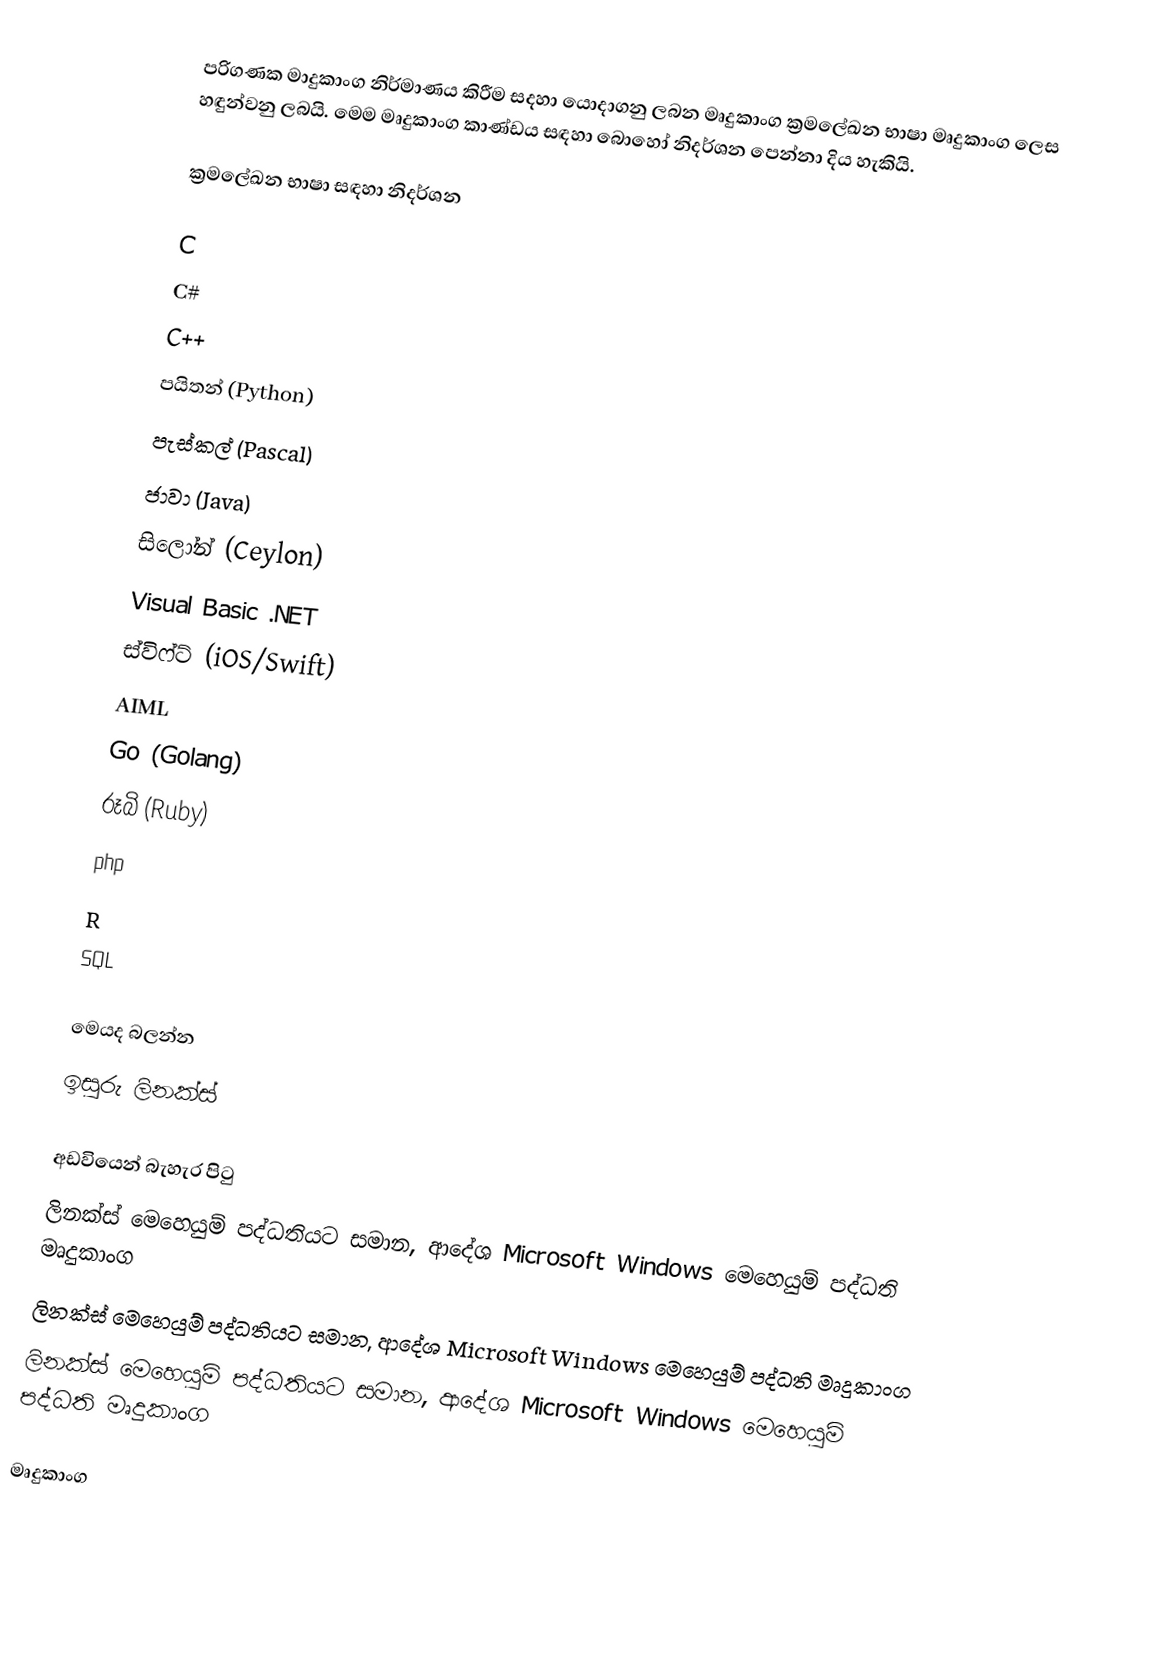
පරිගණක මාදුකාංග නිර්මාණය කිරීම සදහා යොදාගනු ලබන මෘදුකාංග ක්‍රමලේඛන භාෂා මෘදුකාංග ලෙස හඳුන්වනු ලබයි. මෙම මෘදුකාංග කාණ්ඩය සඳහා බොහෝ නිදර්ශන පෙන්නා දිය හැකියි.

ක්‍රමලේඛන භාෂා සඳහා නිදර්ශන

 C
 C#
 C++
 පයිතන් (Python)
 පැස්කල් (Pascal)
 ජාවා (Java)
 සිලෝන් (Ceylon)
 Visual Basic .NET
 ස්විෆ්ට් (iOS/Swift)
 AIML
 Go (Golang)
 රූබි (Ruby)
 php
 R
 SQL

මෙයද බලන්න
 ඉසුරු ලිනක්ස්

අඩවියෙන් බැහැර පිටු
 ලිනක්ස් මෙහෙයුම් පද්ධතියට සමාන, ආදේශ Microsoft Windows මෙහෙයුම් පද්ධති මෘදුකාංග
 ලිනක්ස් මෙහෙයුම් පද්ධතියට සමාන, ආදේශ Microsoft Windows මෙහෙයුම් පද්ධති මෘදුකාංග
 ලිනක්ස් මෙහෙයුම් පද්ධතියට සමාන, ආදේශ Microsoft Windows මෙහෙයුම් පද්ධති මෘදුකාංග

මෘදුකාංග